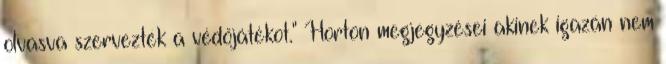
olvasva szervezték a védőjátékot." Horton megjegyzései akinek igazán nem